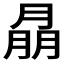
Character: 𦜳